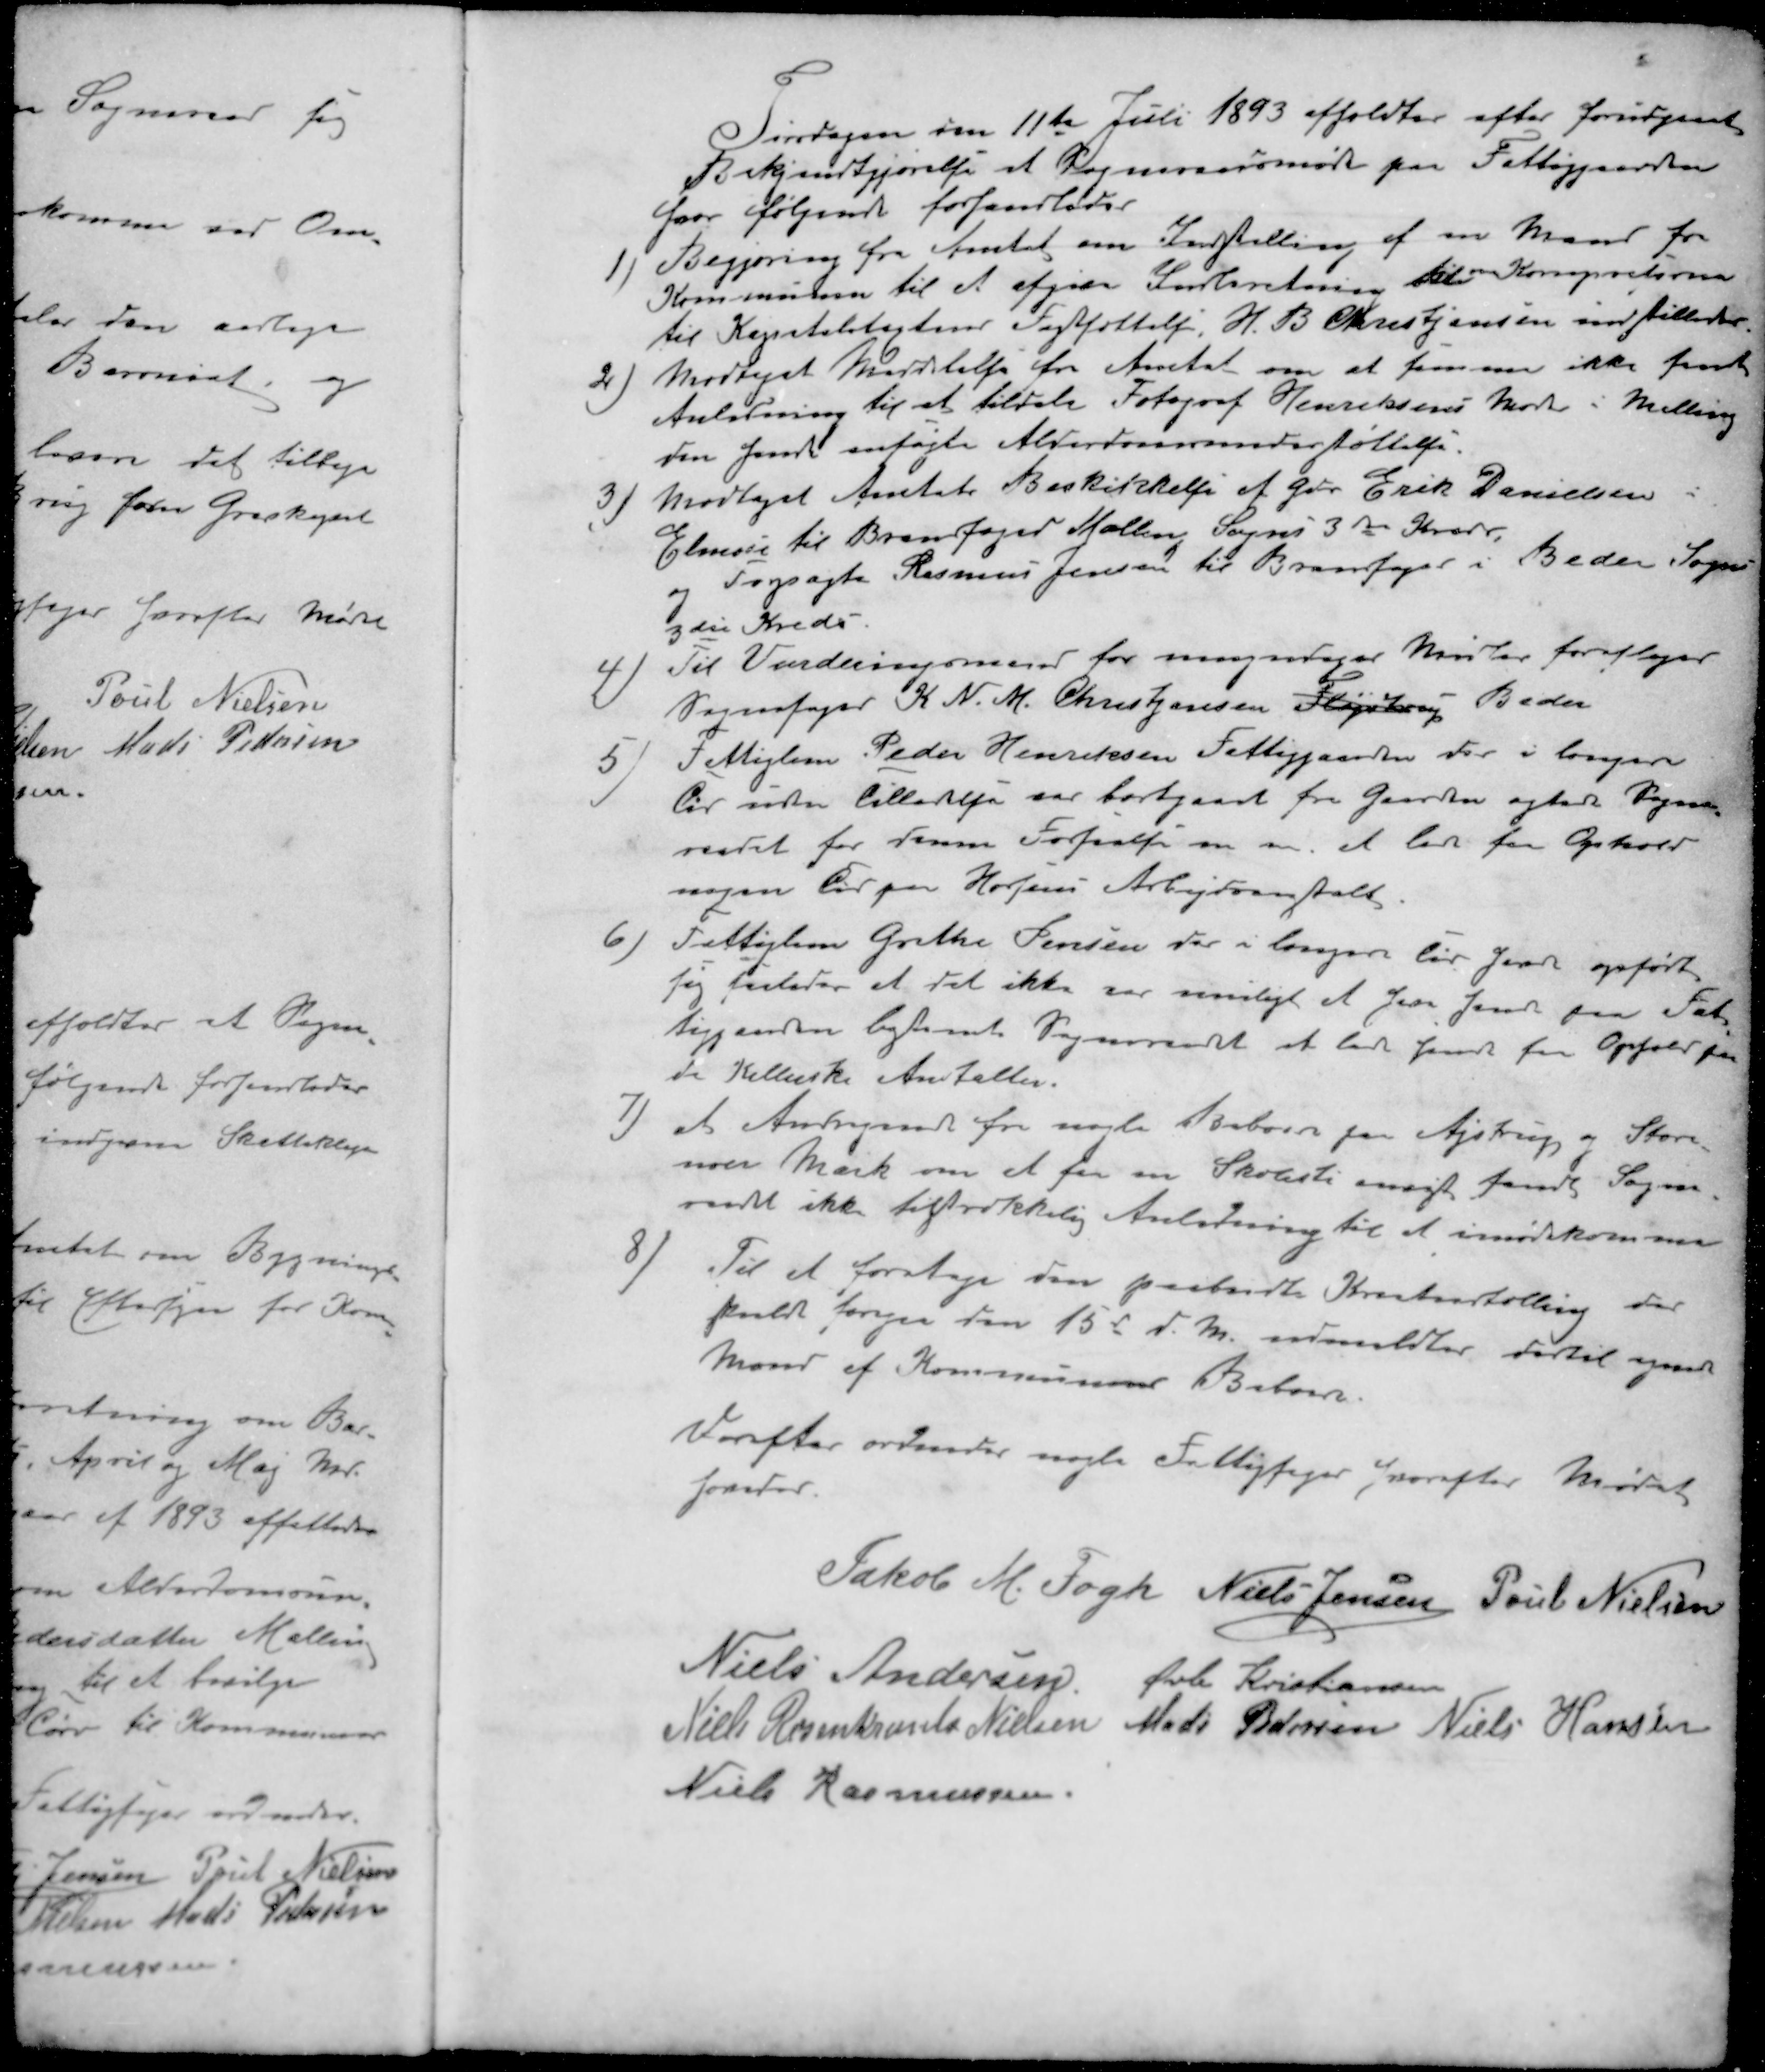
Transskription:
Tirsdagen den 11te Juli 1893 afholdtes efter forudgivet
Bekjendtgjørelse et Sogneraadsmøde paa Fattiggaarden
hvor følgende forhandledes
1) Begjæring fra Amtet om Indstilling af en Mand fra
Kommunen til et afgive Indberetning til en Kommission
til Kapitelstaxtens Fastsættelse, H. B. Christjansen indtilledes.
2 ) Modtaget Meddelelse fra Amtet om at samme ikke fandt
Anledning til at tildele Fotograf Henriksens  i Malling
den  ansøgte Alderdomsunderstøttelse.
3 )Modtaget Amtets Beskikkelse af Gdr Erik Danielsen
Elmose til Brandfoged Malling Sogns 3de Kreds
og Forpagter Rasmus Jensen til Brandfogedr i Beder Sogn
3die Kreds.
4 ) Til Vurderingsmand for umyndiges Midler foresloges
Sognefoged K. N. M. Christjansen Fløjstrup Beder
5 ) Fattiglem Peder Henriksen Fattiggaarden der i længere
Tid uden tilladelse var bortgaaet fra Gaarden agtede Sogne-
raadet for denne Forseelse m.m. at lade ham Ophold
nogen Tid paa Horsens Arbejdsanstalt.
6 ) Fattiglem Grethe Jensen har i længere Tid Jorde opført
sig saaledes at det ikke var muligt at have hende paa Fat-
tiggaarden bestemte Sogneraadet at lade hende faa Ophold paa
de Kellerske Anstalter.
7 ) at Andragende fra nogle Beboere paa Ajstrup og Store-
nor Mark om at faa en Skolesti anlagt fandt Sogne-
raadet ikke tiltrækkelig Anledning til at imødekomme
8 ) Til at foretage den paabudte Kristenstælling der
skulde foregaa den 15d d. M. indmeldtes dertil egnede
Mænd af Kommunens Beboere.
Derefter ordnedes nogle Fattigsager hvorefter Mødet
hævedes
Jakob M. Fogh
Niels Jensen
Poul Nielsen
Niels Andersen
Øvli Kristiansen
Niels Rosenkrants Nielsen
Mads Pedersen
Niels Hansen
Niels Rasmussen